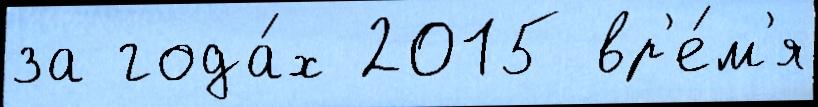
за года́х 2015 вр'е́м'я